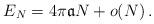
LaTeX: \begin{align*} E_N = 4 \pi \frak{a} N + o (N) \, .\end{align*}